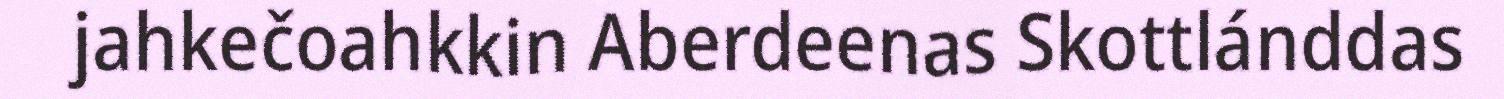
jahkečoahkkin Aberdeenas Skottlánddas